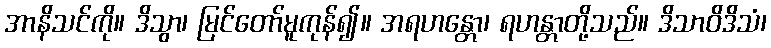
အာနိသင်ကို။ ဒိသွာ၊ မြင်တော်မူကုန်၍။ အရဟန္တော၊ ရဟန္တာတို့သည်။ ဒိသာဝိဒိသံ၊